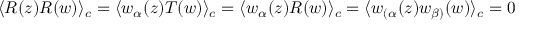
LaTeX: \langle R ( z ) R ( w ) \rangle _ { c } = \langle w _ { \alpha } ( z ) T ( w ) \rangle _ { c } = \langle w _ { \alpha } ( z ) R ( w ) \rangle _ { c } = \langle w _ { ( \alpha } ( z ) w _ { \beta ) } ( w ) \rangle _ { c } = 0